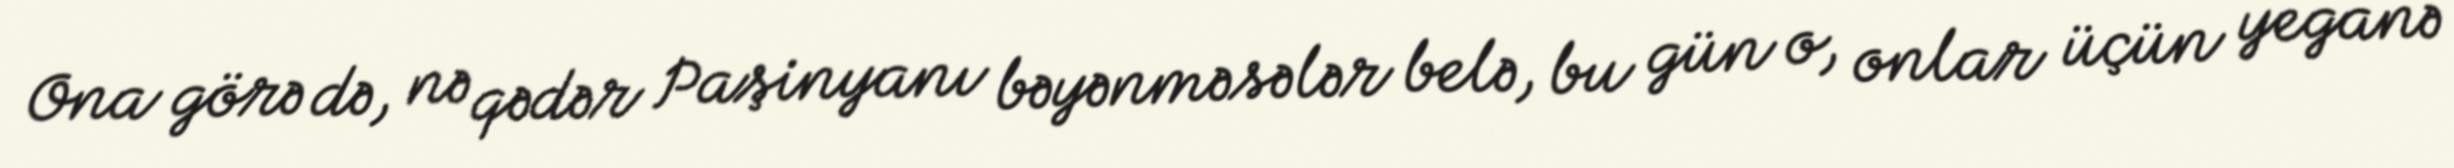
Ona görə də, nə qədər Paşinyanı bəyənməsələr belə, bu gün o, onlar üçün yeganə